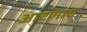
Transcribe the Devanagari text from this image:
आटणारा